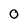
Character: 0